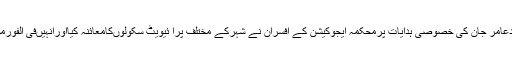
وزیرآباد(جی پی آئی) ڈی سی او گوجرانوالہ محمدعامر جان کی خصوصی ہدایات پرمحکمہ ایجوکیشن کے افسران نے شہرکے مختلف پرا ئیویٹ سکولوںکامعائنہ کیااورانہیںفی الفورموسم گرما کی تعطیلا ت کرنے کاحکم جاری کیا۔